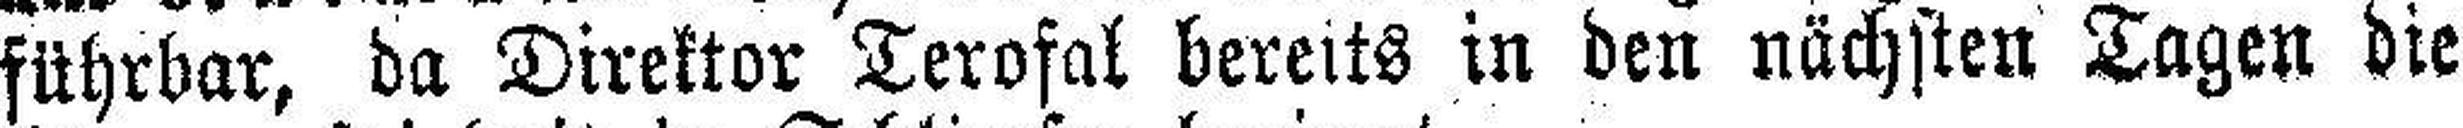
führbar, da Direktor Terofal bereits in den nächsten Tagen die